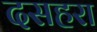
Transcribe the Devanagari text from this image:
दसहरा